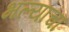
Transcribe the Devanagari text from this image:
भल्याचा